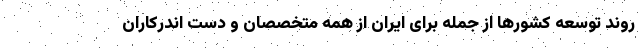
روند توسعه کشورها از جمله برای ایران از همه متخصصان و دست اندرکاران